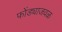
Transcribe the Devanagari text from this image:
फोंड्याजवळ